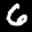
Label: 6